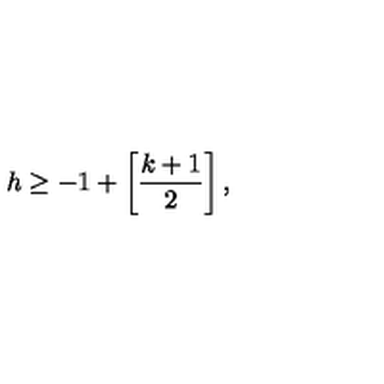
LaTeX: h \geq - 1 + \left[ \frac { k + 1 } { 2 } \right] ,